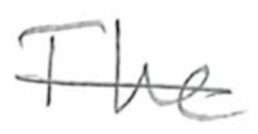
Text: The
Cross-out: single-line
Writing tool: pencil